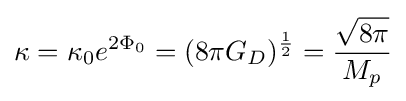
\kappa =\kappa _{0}e^{2\Phi _{0}}=(8\pi G_{D})^{\frac {1}{2}}={\frac {\sqrt {8\pi }}{M_{p}}}